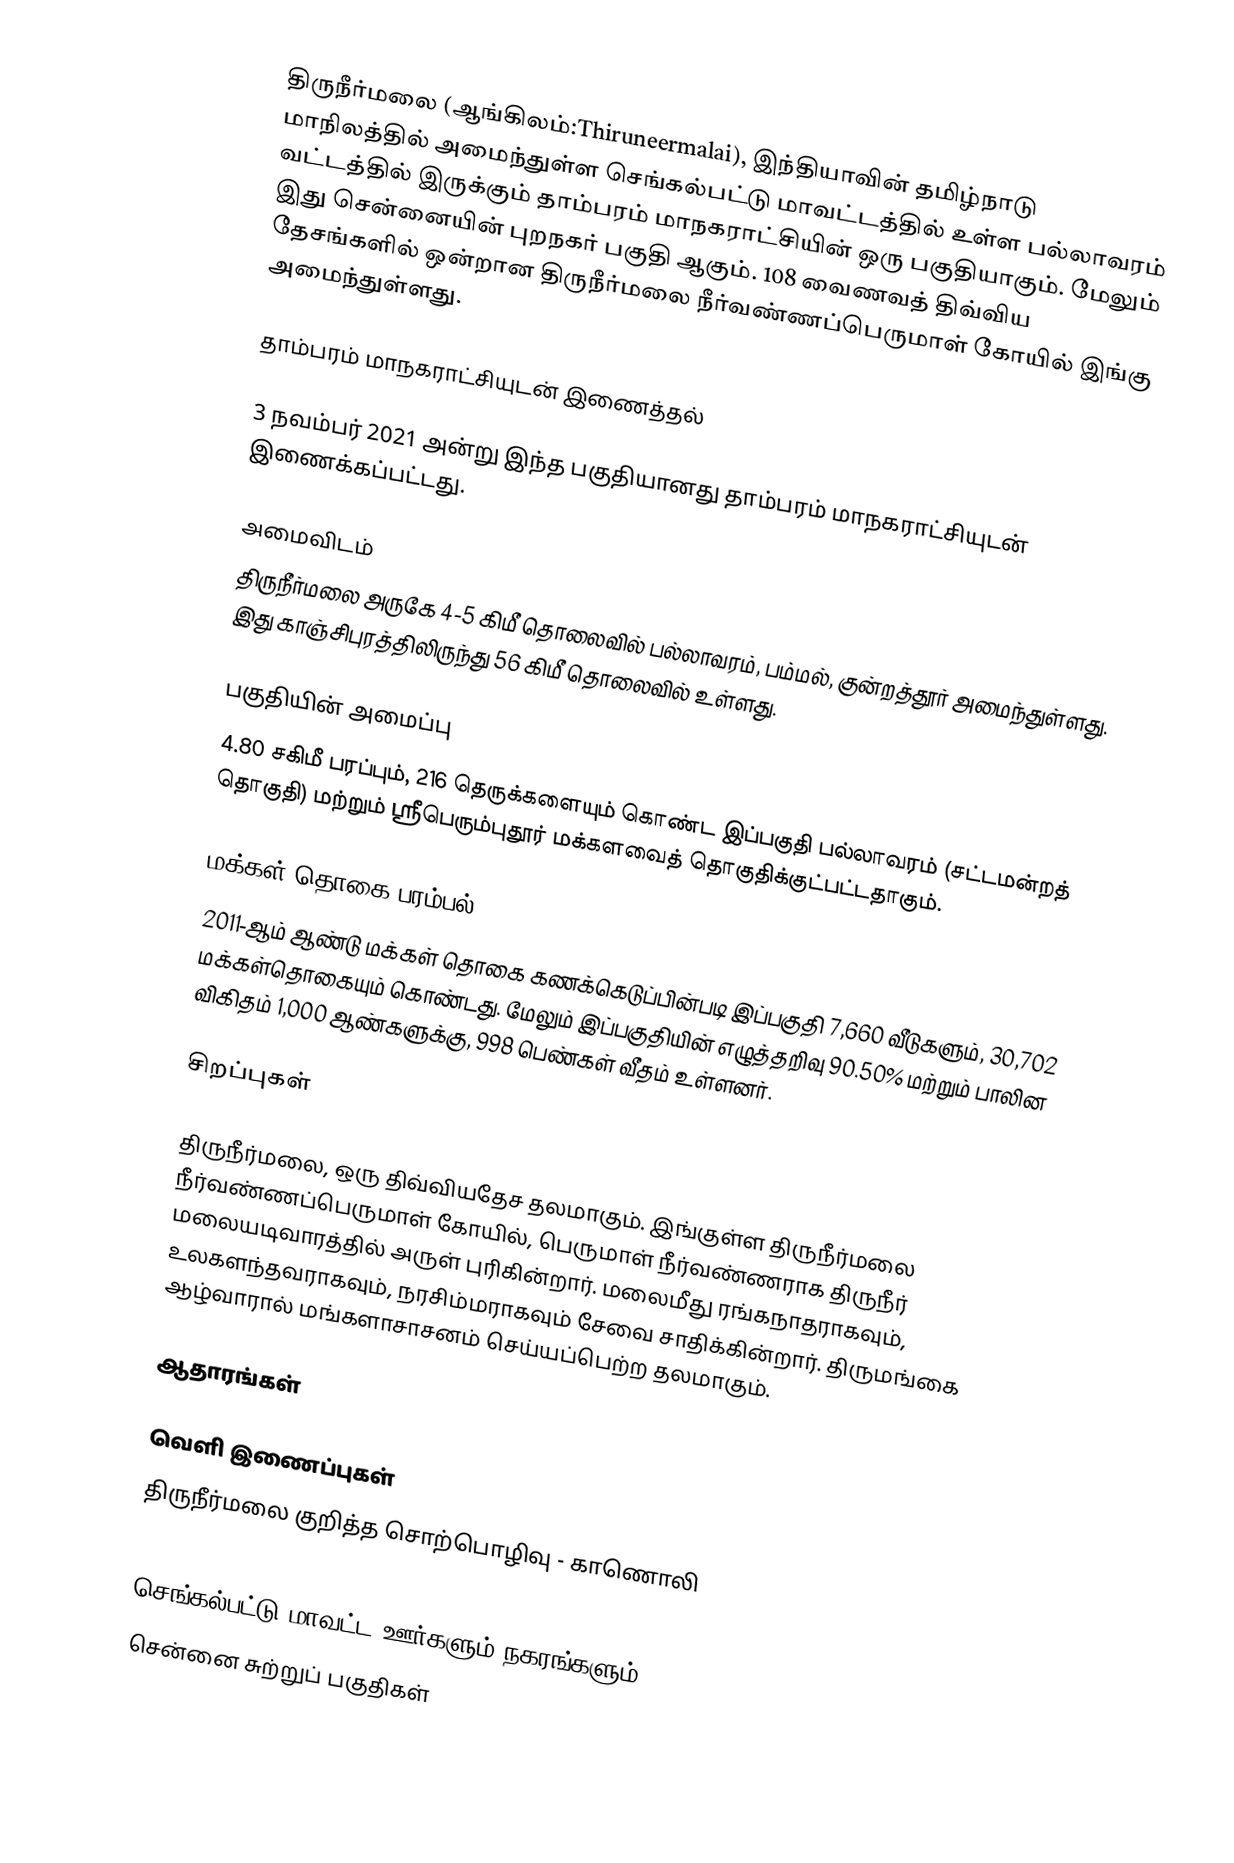
திருநீர்மலை (ஆங்கிலம்:Thiruneermalai), இந்தியாவின் தமிழ்நாடு மாநிலத்தில் அமைந்துள்ள செங்கல்பட்டு  மாவட்டத்தில் உள்ள பல்லாவரம் வட்டத்தில் இருக்கும் தாம்பரம் மாநகராட்சியின் ஒரு பகுதியாகும். மேலும் இது சென்னையின் புறநகர் பகுதி ஆகும். 108 வைணவத் திவ்விய தேசங்களில் ஒன்றான திருநீர்மலை நீர்வண்ணப்பெருமாள் கோயில் இங்கு அமைந்துள்ளது.

தாம்பரம் மாநகராட்சியுடன் இணைத்தல்

3 நவம்பர் 2021 அன்று இந்த பகுதியானது தாம்பரம் மாநகராட்சியுடன் இணைக்கப்பட்டது.

அமைவிடம்
திருநீர்மலை அருகே 4-5 கிமீ  தொலைவில் பல்லாவரம், பம்மல், குன்றத்தூர் அமைந்துள்ளது. இது காஞ்சிபுரத்திலிருந்து 56 கிமீ தொலைவில் உள்ளது.

பகுதியின் அமைப்பு
4.80  சகிமீ பரப்பும், 216 தெருக்களையும் கொண்ட இப்பகுதி பல்லாவரம்  (சட்டமன்றத் தொகுதி) மற்றும் ஸ்ரீபெரும்புதூர் மக்களவைத் தொகுதிக்குட்பட்டதாகும்.

மக்கள் தொகை பரம்பல்
2011-ஆம் ஆண்டு மக்கள் தொகை கணக்கெடுப்பின்படி இப்பகுதி 7,660   வீடுகளும், 30,702 மக்கள்தொகையும் கொண்டது. மேலும் இப்பகுதியின் எழுத்தறிவு 90.50% மற்றும்  பாலின விகிதம் 1,000 ஆண்களுக்கு, 998 பெண்கள் வீதம் உள்ளனர்.

சிறப்புகள்

திருநீர்மலை, ஒரு திவ்வியதேச தலமாகும். இங்குள்ள திருநீர்மலை நீர்வண்ணப்பெருமாள் கோயில், பெருமாள் நீர்வண்ணராக திருநீர் மலையடிவாரத்தில் அருள் புரிகின்றார். மலைமீது ரங்கநாதராகவும், உலகளந்தவராகவும், நரசிம்மராகவும் சேவை சாதிக்கின்றார். திருமங்கை ஆழ்வாரால் மங்களாசாசனம் செய்யப்பெற்ற தலமாகும்.

ஆதாரங்கள்

வெளி இணைப்புகள்
திருநீர்மலை குறித்த சொற்பொழிவு - காணொலி

செங்கல்பட்டு மாவட்ட ஊர்களும் நகரங்களும்
சென்னை சுற்றுப் பகுதிகள்